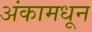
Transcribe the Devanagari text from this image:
अंकामधून